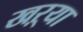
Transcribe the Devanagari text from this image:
खऱ्या